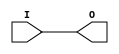
module IBUF_SSTL2_II_DCI (O, I);

    output O;

    input  I;

	buf B1 (O, I);


endmodule